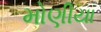
મોણીયા